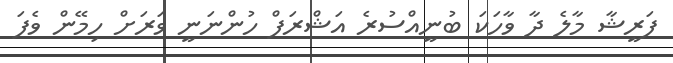
ފަރީޝާ މާލެ ދާ ވާހަކަ ބުނީއްސުރެ އަޝްރަފް ހުންނަނީ ވަރަށް ހިމޭން ވެފަ